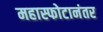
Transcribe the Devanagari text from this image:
महास्फोटानंतर